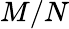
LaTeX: M/N